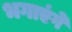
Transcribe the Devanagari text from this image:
भगाएंगे